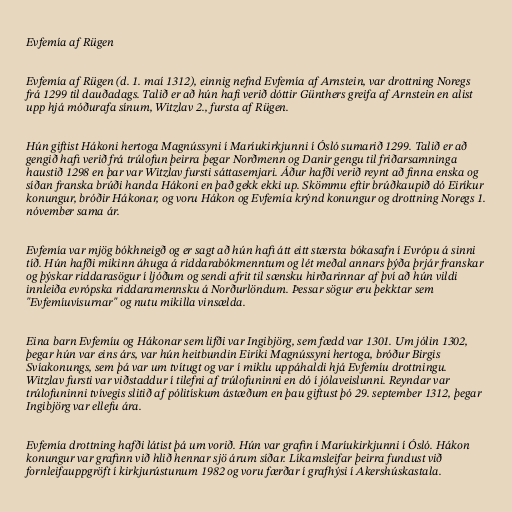
Evfemía af Rügen

Evfemía af Rügen (d. 1. maí 1312), einnig nefnd Evfemía af Arnstein, var drottning Noregs
frá 1299 til dauðadags. Talið er að hún hafi verið dóttir Günthers greifa af Arnstein en alist
upp hjá móðurafa sínum, Witzlav 2., fursta af Rügen.

Hún giftist Hákoni hertoga Magnússyni í Maríukirkjunni í Ósló sumarið 1299. Talið er að
gengið hafi verið frá trúlofun þeirra þegar Norðmenn og Danir gengu til friðarsamninga
haustið 1298 en þar var Witzlav fursti sáttasemjari. Áður hafði verið reynt að finna enska og
síðan franska brúði handa Hákoni en það gekk ekki up. Skömmu eftir brúðkaupið dó Eiríkur
konungur, bróðir Hákonar, og voru Hákon og Evfemía krýnd konungur og drottning Noregs 1.
nóvember sama ár.

Evfemía var mjög bókhneigð og er sagt að hún hafi átt eitt stærsta bókasafn í Evrópu á sinni
tíð. Hún hafði mikinn áhuga á riddarabókmenntum og lét meðal annars þýða þrjár franskar
og þýskar riddarasögur í ljóðum og sendi afrit til sænsku hirðarinnar af því að hún vildi
innleiða evrópska riddaramennsku á Norðurlöndum. Þessar sögur eru þekktar sem
"Evfemíuvísurnar" og nutu mikilla vinsælda.

Eina barn Evfemíu og Hákonar sem lifði var Ingibjörg, sem fædd var 1301. Um jólin 1302,
þegar hún var eins árs, var hún heitbundin Eiríki Magnússyni hertoga, bróður Birgis
Svíakonungs, sem þá var um tvítugt og var í miklu uppáhaldi hjá Evfemíu drottningu.
Witzlav fursti var viðstaddur í tilefni af trúlofuninni en dó í jólaveislunni. Reyndar var
trúlofuninni tvívegis slitið af pólitískum ástæðum en þau giftust þó 29. september 1312, þegar
Ingibjörg var ellefu ára.

Evfemía drottning hafði látist þá um vorið. Hún var grafin í Maríukirkjunni í Ósló. Hákon
konungur var grafinn við hlið hennar sjö árum síðar. Líkamsleifar þeirra fundust við
fornleifauppgröft í kirkjurústunum 1982 og voru færðar í grafhýsi í Akershúskastala.